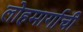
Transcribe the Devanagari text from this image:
लोहमार्गाची